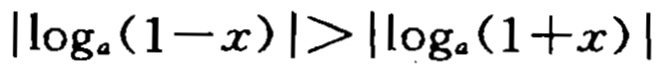
\(\vert\log_{a}(1 - x)\vert > \vert\log_{a}(1 + x)\vert\)